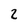
Character: 2